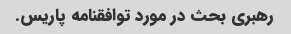
رهبری بحث در مورد توافقنامه پاریس.